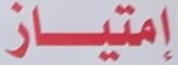
إمتياز